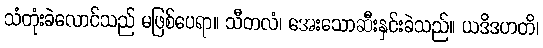
သံတုံးခဲလောင်သည် မဖြစ်ပေရာ။ သီတလံ၊ အေးသောဆီးနှင်းခဲသည်။ ယဒိဒဟတိ၊